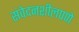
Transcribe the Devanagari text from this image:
संवेदनशीलपणे